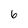
Character: 6